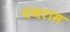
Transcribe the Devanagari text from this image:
पंचराम